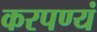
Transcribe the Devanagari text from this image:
करपण्यं